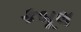
કબૂલ